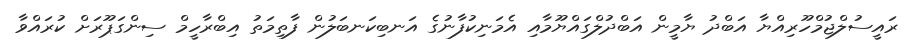
ރައީސުލްޖުމްހޫރިއްޔާ އަބްދު ޔާމީން އަބްދުލްގައްޔޫމާއި އެމަނިކުފާނުގެ އަނބިކަނބަލުން ފާތިމަތު އިބްރާހީމް ސިންގަޕޫރަށް ކުރައްވާ